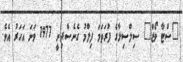
"ސްޓާ ވޯޒް" ސިލްސިލާގެ ފުރަތަމަ ފިލްމު ގެނެސްދިނީ 1977 ވަނަ އަހަރު އެވެ.